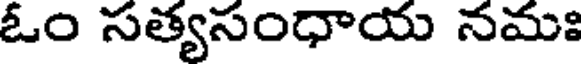
ఓం సత్యసంధాయ నమః